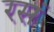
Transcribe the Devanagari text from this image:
रसं